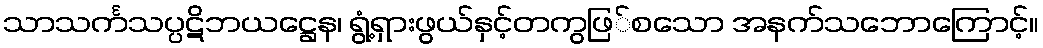
သာသင်္ကသပ္ပဋိဘယဋ္ဌေန၊ ရွံ့ရှားဖွယ်နှင့်တကွဖြ်စသော အနက်သဘောကြောင့်။